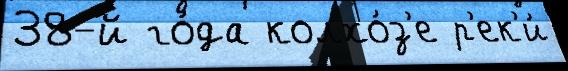
38-й го́да колхо́з'е р'ек'и́